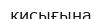
қисығына